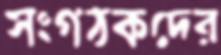
সংগঠকদের